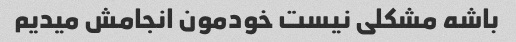
باشه مشکلی نیست خودمون انجامش میدیم